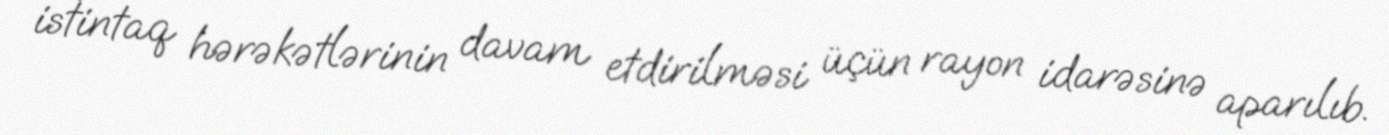
istintaq hərəkətlərinin davam etdirilməsi üçün rayon idarəsinə aparılıb.